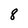
Character: 8